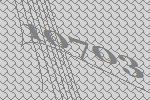
10703